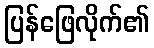
ပြန်ဖြေလိုက်၏